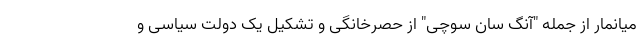
میانمار از جمله "آنگ سان سوچی" از حصرخانگی و تشکیل یک دولت سیاسی و